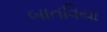
બાતવિયા